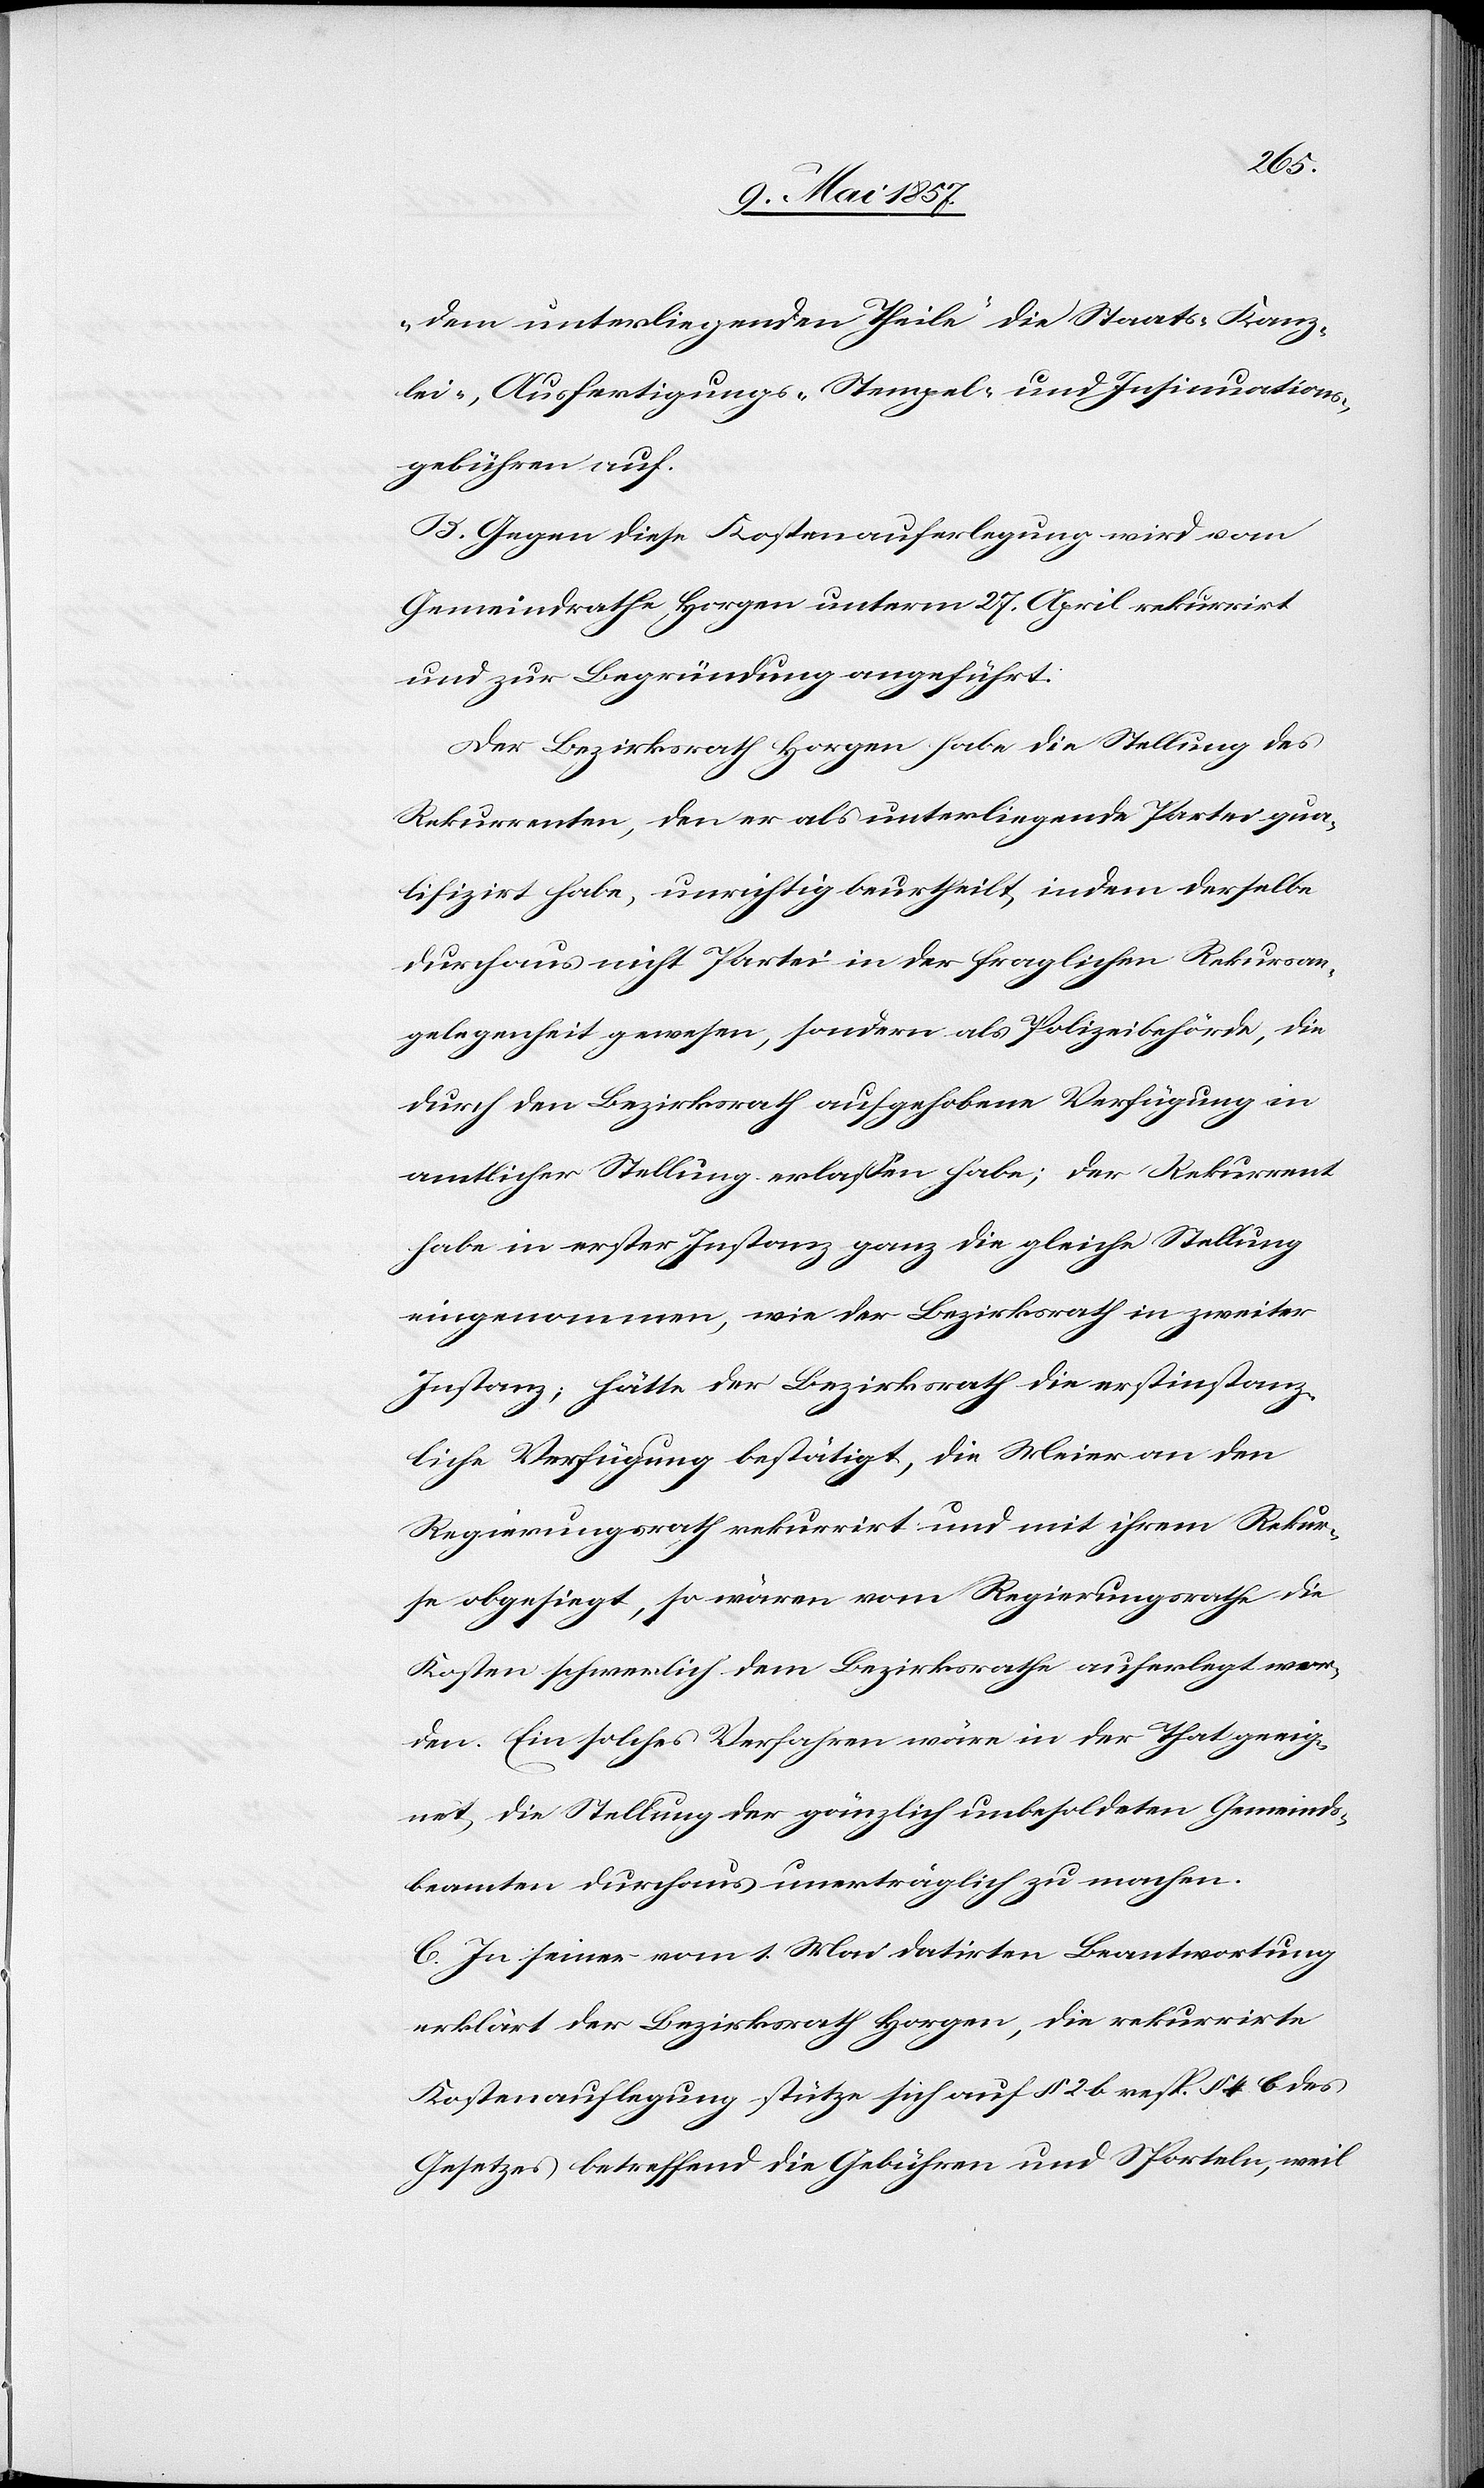
den unterliegenden Theile“ die Staats- Kanz¬
lei-, Ausfertigungs- Stempel- und Insinuatios¬
gebühren auf.
B. Gegen diese Kostenauferlegung wird vom
Gemeindrathe Horgen unterm 27 April rekurrirt
und zur Begründung angeführt:
Der Bezirksrath Horgen habe die Stellung des
Rekurrenten, den er als unterliegende Partei qua¬
lifizirt habe, unrichtig beurtheilt, indem derselbe
durchaus nicht Partei in der fraglichen Rekursan¬
gelegenheit gewesen, sondern als Polizeibehörde, die
durch den Bezirksrathe aufgehobene Verfügung in
amtlicher Stellung erlaßen habe; der Rekurrent
habe in erster Instanz ganz die gleiche Stellung
eingenommen, wie der Bezirksrath in zweiter
Instanz; hätte der Bezirksrath die erstinstanz¬
liche Verfügung bestätigt, die Meier an den
Regierungsrath rekurrirt und mit ihrem Rekur¬
se obgesiegt, so wären vom Regierungsrathe die
Kosten schwerlich dem Bezirksrathe auferlegt wor¬
den. Ein solches Verfahren wäre in der That geeig¬
net, die Stellung der gänzlich unbesoldeten Gemeinds¬
beamten durchaus unerträglich zu machen.
C. In seiner vom 1 Mai datirten Beantwortung
erklärt der Bezirksrath Horgen, die rekurrirte
Kostenauflegung stütze sich auf § 2 b resp. § 4 b des
Gesetzes betreffend die Gebühren und Sporteln, weil